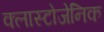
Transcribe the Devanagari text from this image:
क्लास्टोजेनिक